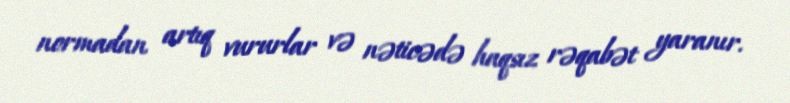
normadan artıq vururlar və nəticədə haqsız rəqabət yaranır.